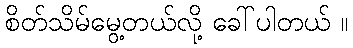
စိတ်သိမ်မွေ့တယ်လို့ ခေါ်ပါတယ် ။